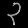
Digit: ၃